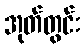
အုတ်တွင်း